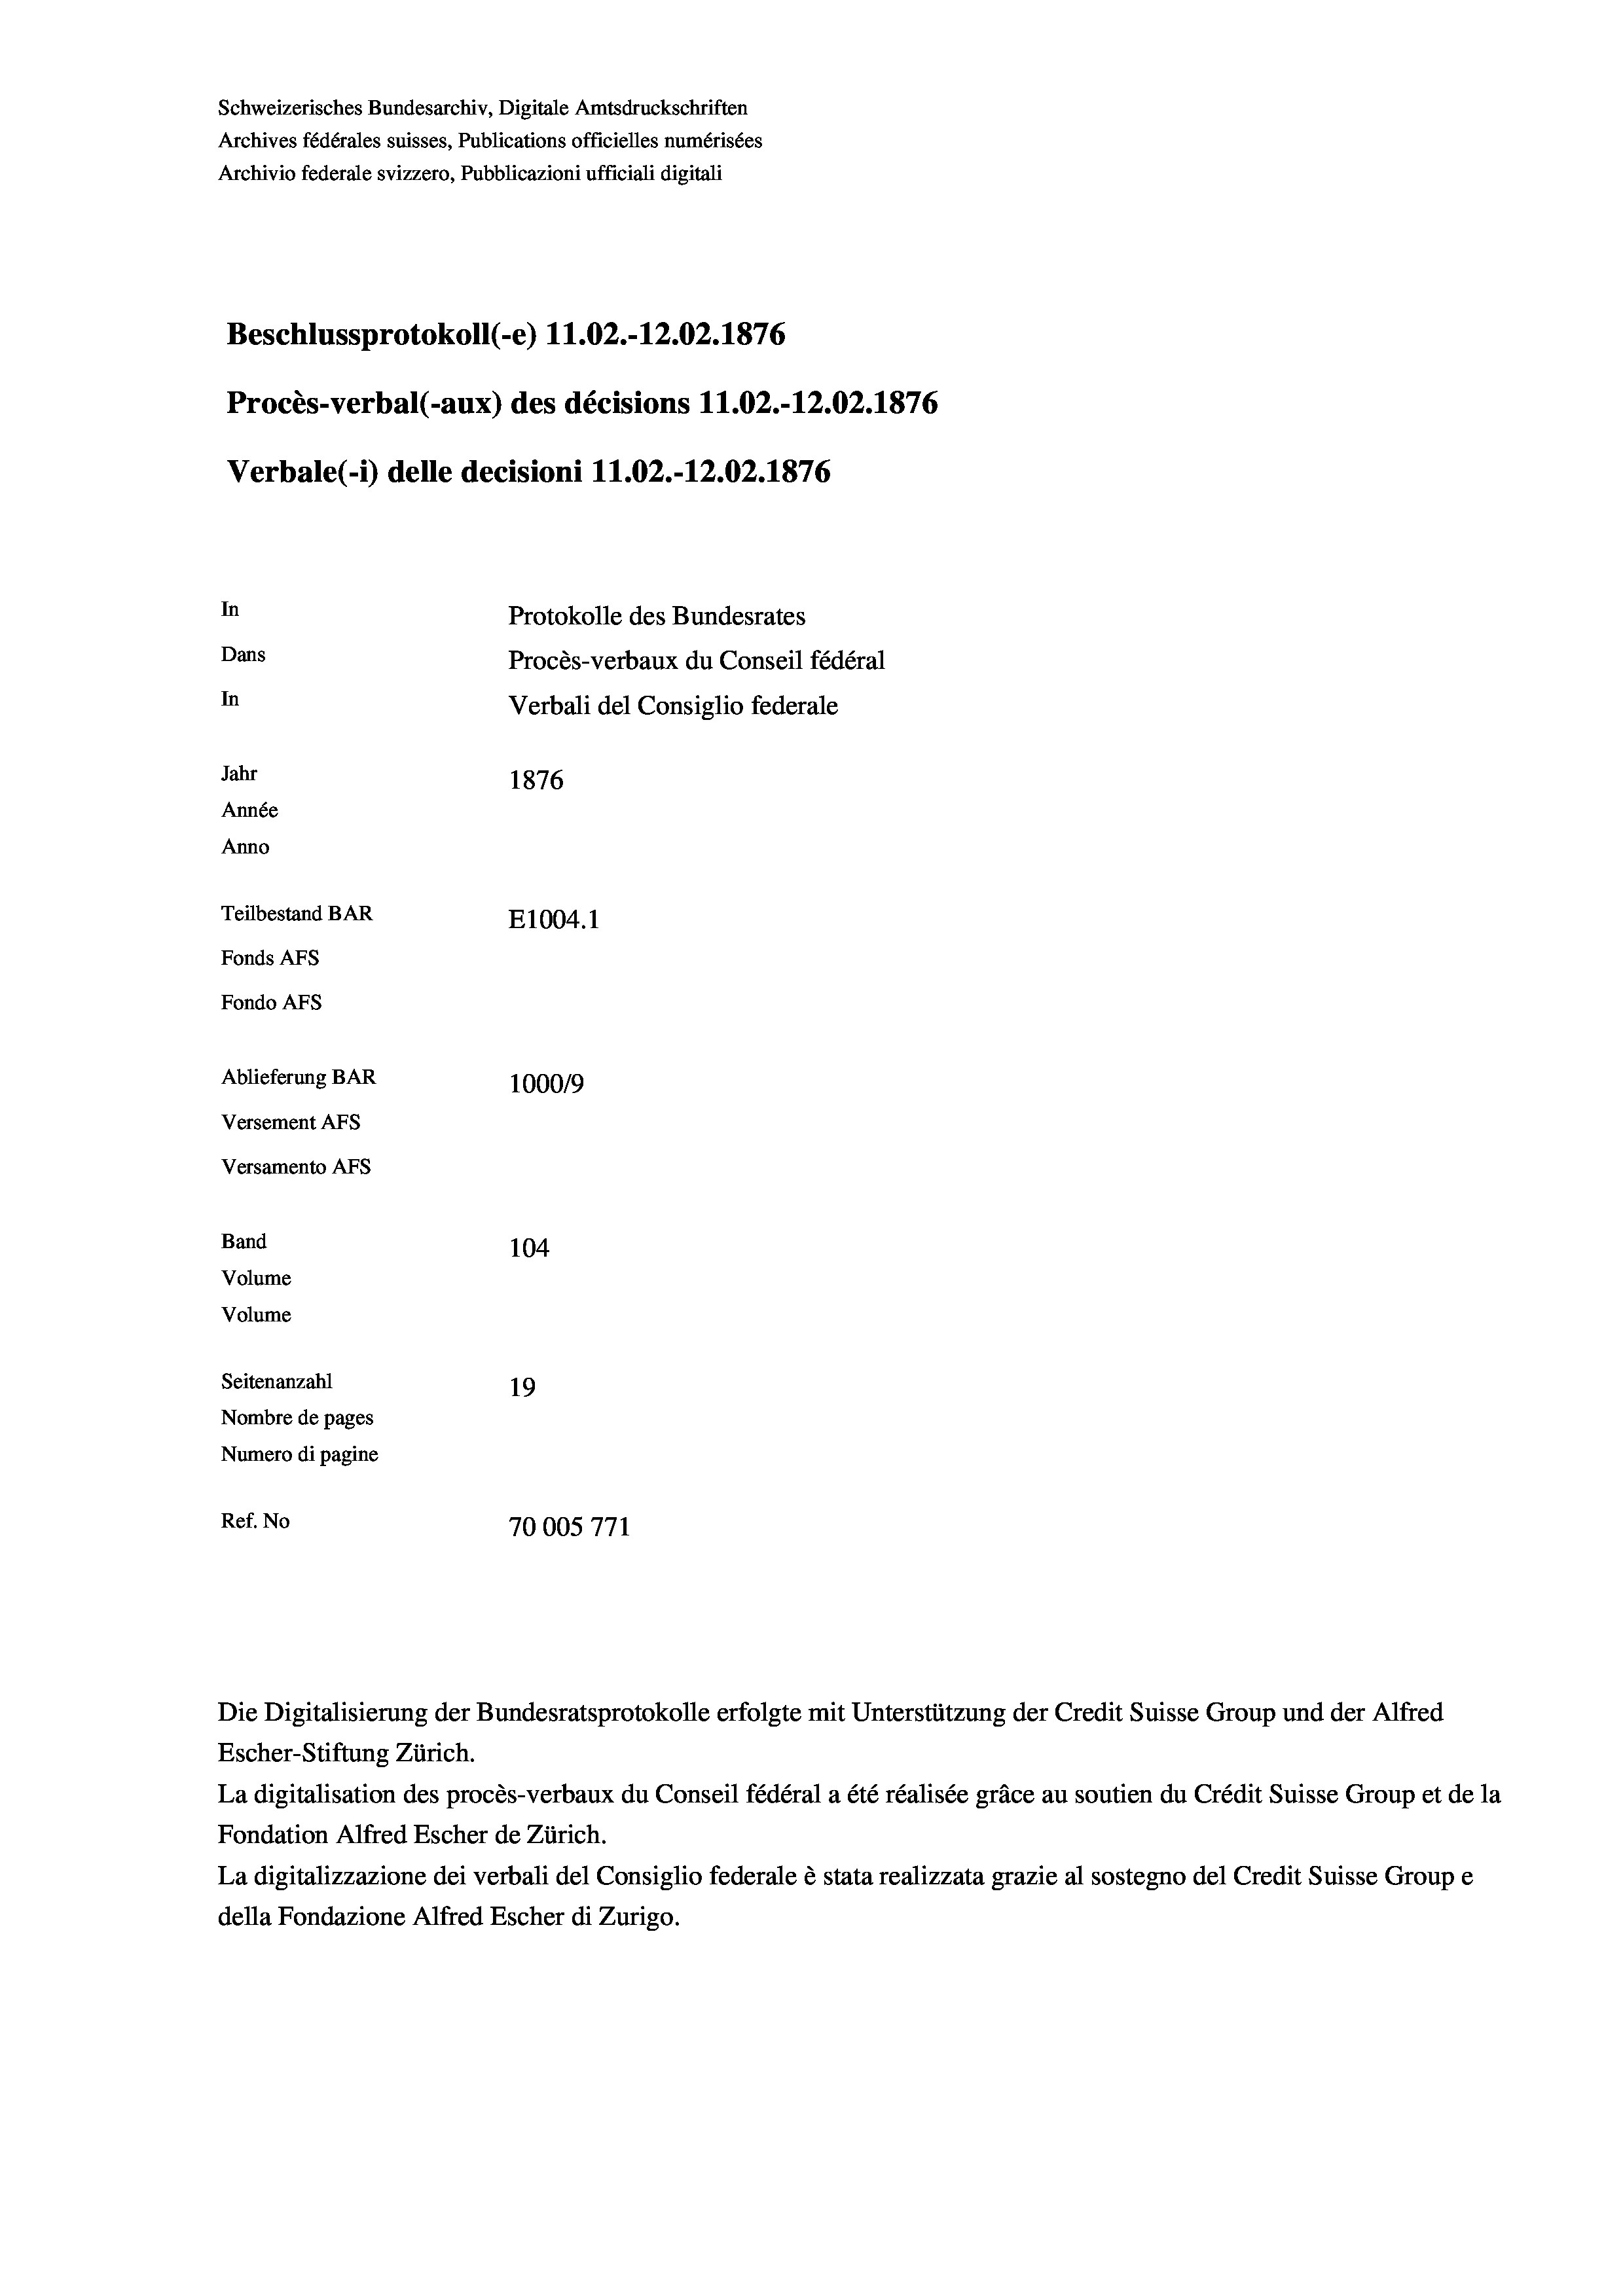
Schweizerisches Bundesarchiv, Digitale Amtsdruckschriften
Archives fédérales suisses, Publications officielles numérisées
Archivio federale svizzero, Pubblicazioni ufficiali digitali
Beschlussprotokoll (-e) 11.02.-12.02. 1876
Procès-verbal (-aux) des décisions 11.02.-12.02. 1876
Verbale (- 1) delle decisioni 11.02.-12.02. 1876
In
Protokolle des Bundesrates
Dans
Procès-verbaux du Conseil fédéral
In
Verbali del Consiglio federale
Jahr
1876
Année
Anno
Teilbestand BAR
E1004.1
Fonds AFs
Fondo Afs
Ablieferung BAR
100019
Versement AFs
Versamento Afs
Band
104
Volume
Volume

Seitenanzahl
19
Nombre de pages
Numero di pagine
Ref. No
70005771

Escher-Stiftung Zürich.
La digitalisation des procès-verbaux du Conseil fédéral a été réalisée gräce au soutien du Crédit Suisse Group et de la
Fondation Alfred Escher de Zürich.
La digitalizzazione dei verbali del Consiglio federale è stata realizzata grazie al sostegno del Credit Suisse Groupe
della Fondazione Alfred Escher di Zurigo.

Die Digitalisierung der Bundesratsprotokolle erfolgte mit Unterstützung der Credit Suisse Group und der Alfred